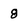
Character: 8